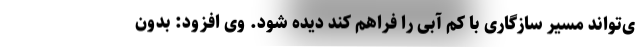
ی‌تواند مسیر سازگاری با کم آبی را فراهم کند دیده شود. وی افزود: بدون